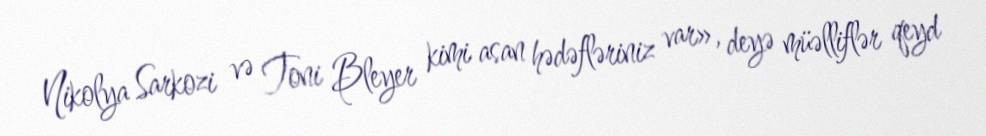
Nikolya Sarkozi və Toni Bleyer kimi asan hədəfləriniz var», deyə müəlliflər qeyd